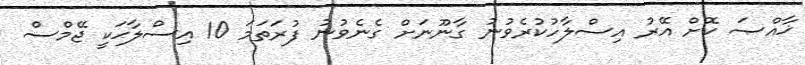
ޚާއްޞަ ކޮށް އޭރު އިސްލާހުކުރެވުނު ގާނޫނަށް ގެނެވުނު ފުރަތަމަ 10 އިސްލާާޙަކީ ޖޭމްސް